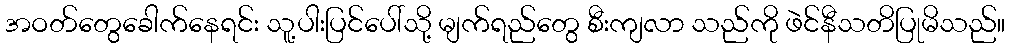
အဝတ်တွေခေါက်နေရင်း သူ့ပါးပြင်ပေါ်သို့ မျက်ရည်တွေ စီးကျလာ သည်ကို ဖဲင်နီသတိပြုမိသည်။